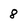
Character: 8